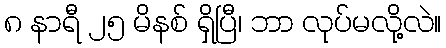
၈ နာရီ ၂၅ မိနစ် ရှိပြီ၊ ဘာ လုပ်မလို့လဲ။